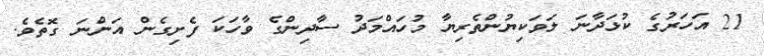
21 އަހަރުގެ ކުޅަދާނަ ލަވަކިޔުންތެރިޔާ މުހައްމަދު ސާދިންގެ ވާހަކަ ފެށިގެން އަންނަ ގޮތެވެ.